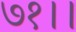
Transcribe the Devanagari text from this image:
७१।।